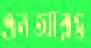
এনআরও